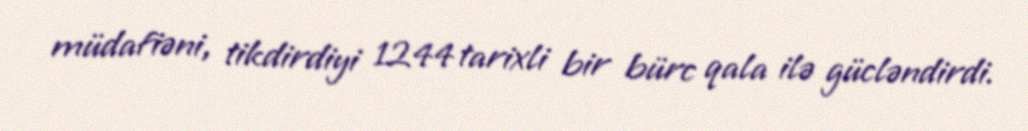
müdafiəni, tikdirdiyi 1244 tarixli bir bürc qala ilə gücləndirdi.